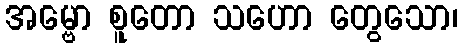
အမ္ဗော စူတော သဟော တွေသော၊